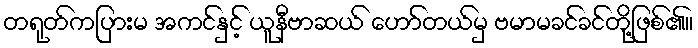
တရုတ်ကပြားမ အကင်နှင့် ယူနီဗာဆယ် ဟော်တယ်မှ ဗမာမခင်ခင်တို့ဖြစ်၏။